Indian Medical Review
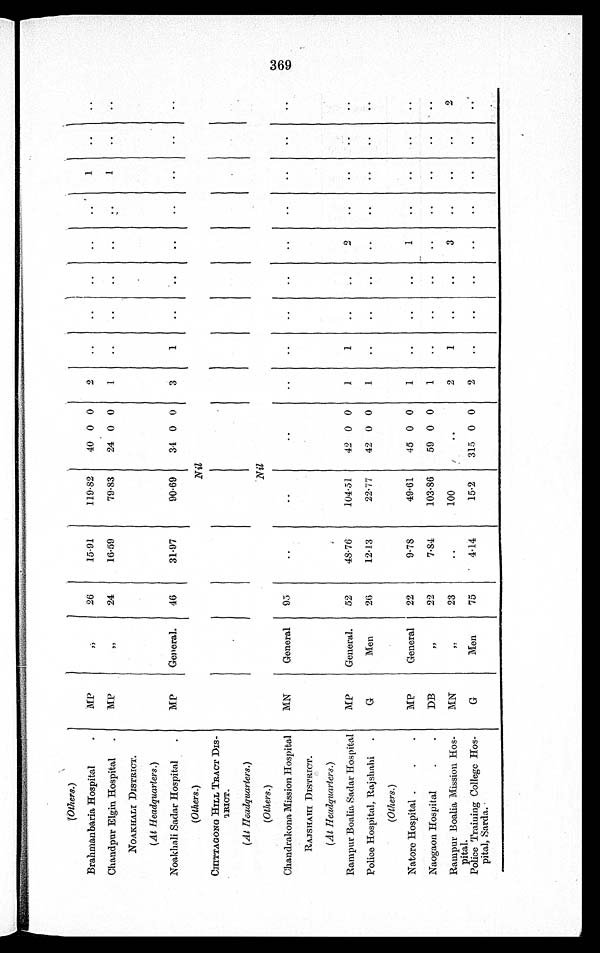
( O t h e r s . )
Brahmanbaria Hospital
MP
„
26
15·91
119·82
40 0 0
2
..
..
..
..
..
1
. .
. .
Chandpur Elgin Hospital
M
„
2 4
16·59
79·83
24 0 0
1
..
. .
. .
. .
. .
1
. .
. .
NOAKHALI DISTRICT.
(At Headquarters.)
Noakhali Sadar Hospital
MP
General.
46
31·97
90·69
34 0 0
3
1
. .
..
..
. .
. .
. .
. .
(Others.)
Nil
CHITTAGONG HILL TRACT DIS-
T R I O T .
(At Headquarters.)
(Others.)
Nil
Chandrakona Mission Hospital
MN
General
95
..
..
..
..
..
..
..
..
. .
. .
. .
. .
RAJSHAHI DISTRICT.
(At Headquarters.)
Rampur Boalia Sadar Hospital
MP
General.
52
48·76
104·51
42 0 0
1
1
..
..
2
. .
. .
. .
. .
Police Hospital, Rajshahi
G
Men
26
12·13
22·77
42 0 0
1
..
..
..
..
. .
. .
. .
. .
(Others.)
Natore Hospital
MP
General
22
9·78
49·61
45 0 0
1
..
..
..
1
..
. .
. .
. .
Naogaon Hospital
DB
„
22
7·84
103·86
59 0 0
1
..
..
..
..
. .
. .
. .
. .
Rampur Boalia Mission Hos-
pital.
MN
„
2 3
. . 100
. .
2
1
. .
. .
3
. .
. .
. .
2
Police Training College Hos-
pital, Sarda.
G
Men
75
4·14
15·2
315 0 0
2
..
..
..
..
. .
. .
. .
. .
369